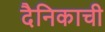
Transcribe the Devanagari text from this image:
दैनिकाची